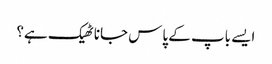
ایسے باپ کے پاس جانا ٹھیک ہے؟